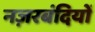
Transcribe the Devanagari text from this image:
नज़रबंदियों